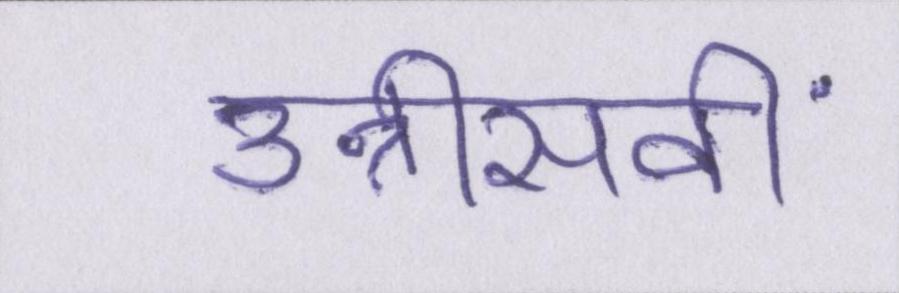
उन्नीसवीं